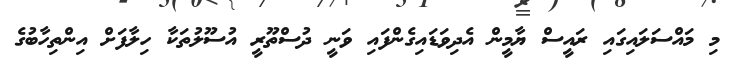
މި މައްސަލައިގައި ރައީސް ޔާމީން އެދިވަޑައިގެންފައި ވަނީ ދުސްތޫރީ އުސޫލުތަކާ ހިލާފަށް އިންތިހާބުގެ